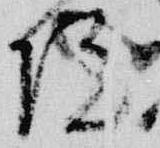
院